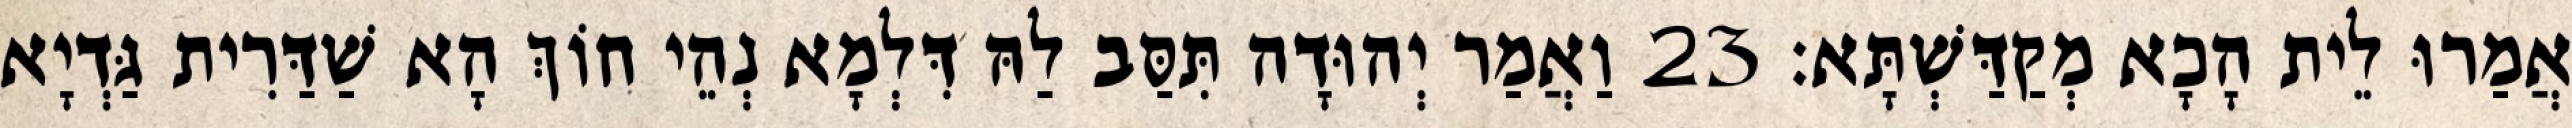
אֲמַרוּ לֵית הָכָא מְקַדַּשְׁתָּא׃ 23 וַאֲמַר יְהוּדָה תִּסַּב לַהּ דִּלְמָא נְהֵי חוֹךְ הָא שַׁדַּרִית גַּדְיָא